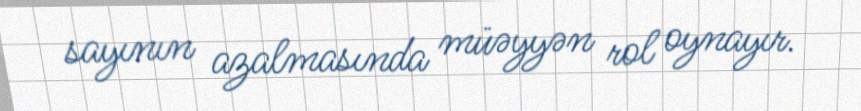
sayının azalmasında müəyyən rol oynayır.